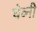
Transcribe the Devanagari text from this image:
घेव्नी